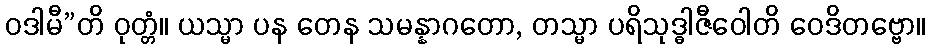
ဝဒါမီ”တိ ဝုတ္တံ။ ယသ္မာ ပန တေန သမန္နာဂတော, တသ္မာ ပရိသုဒ္ဓါဇီဝေါတိ ဝေဒိတဗ္ဗော။